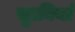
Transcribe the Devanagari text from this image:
सुानियां